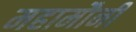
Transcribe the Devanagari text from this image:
महामौनी